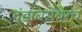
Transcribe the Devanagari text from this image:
दंडाबरोबरच